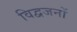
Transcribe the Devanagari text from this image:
विद्वजनों